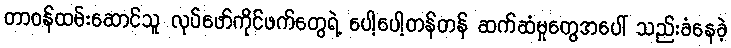
တာဝန်ထမ်းဆောင်သူ လုပ်ဖော်ကိုင်ဖက်တွေရဲ့ ပေါ့ပေါ့တန်တန် ဆက်ဆံမှုတွေအပေါ် သည်းခံနေခဲ့